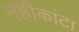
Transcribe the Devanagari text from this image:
महीकांटा